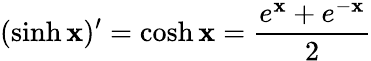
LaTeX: (\sinh\mathbf{x})^{\prime}=\cosh\mathbf{x}={\frac{{e^{\mathbf{x}}+e^{-\mathbf{x}}}}{{2}}}